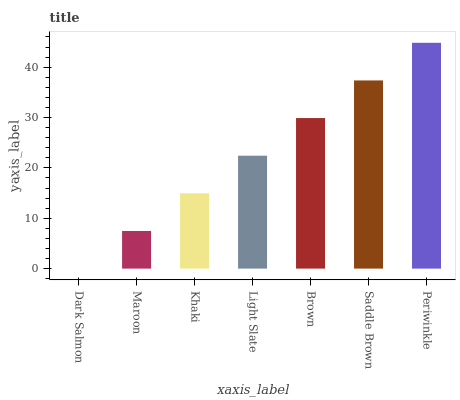
| xaxis_label | bars |
 | --- | --- |
 | Dark Salmon | 0 |
 | Maroon | 7.47 |
 | Khaki | 14.9 |
 | Light Slate | 22.4 |
 | Brown | 29.9 |
 | Saddle Brown | 37.4 |
 | Periwinkle | 44.8 |